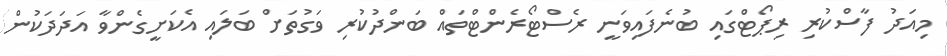
މިއަދު ފާސްކުރި ރިޕޯޓްގައި ބުނެފައިވަނީ ރެސްޓޯރެންޓްތައް ބަންދުކުރި ވަގުތަށް ބަލައި އެކަށީގެންވާ އަދަދަކުން